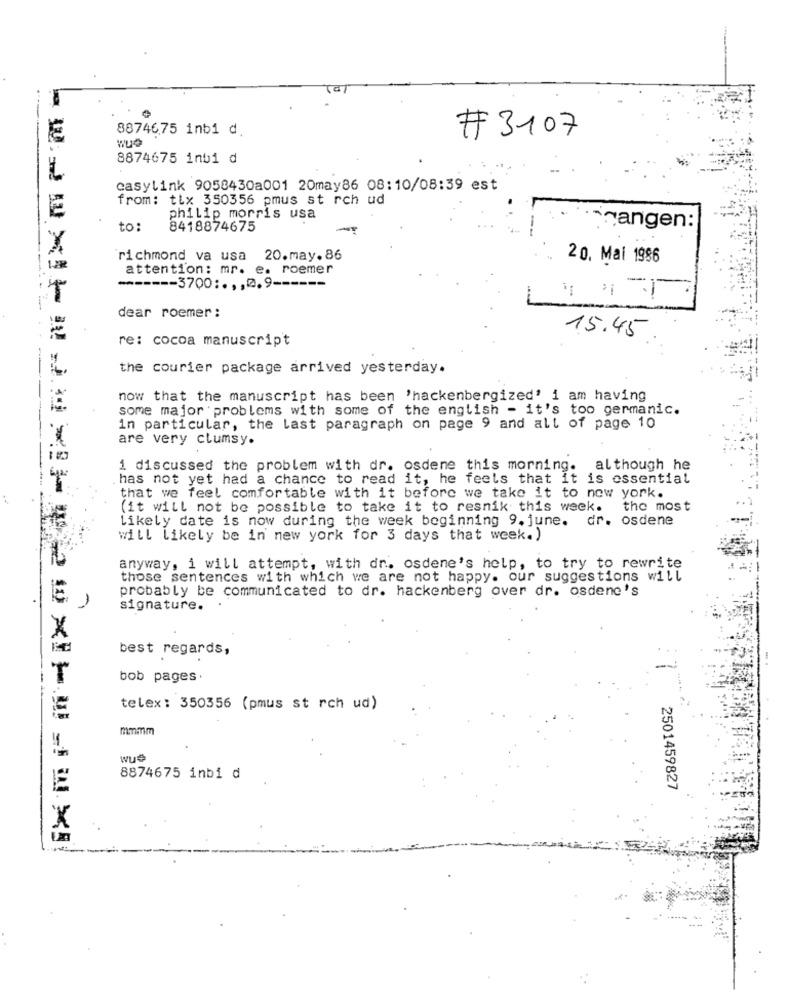
88746,75 inbi d.
#3107
WUO
8874675 inbi d
easylink 9058430a001 20may86 08:10/08:39 est
from: tlx 350356 pmus st rch ud
philip morris usa
to:
8418874675
Fangen:
richmond va usa 20.may.86
20. Mai 1986
attention: mr. e. roemer
---
------ 3700 ;.,, 0.9 --
-
dear roemer :
15.45
re: cocoa manuscript
the courier package arrived yesterday.
now that the manuscript has been 'hackenbergized' i am having
some major problems with some of the english - it's too germanic.
in particular, the last paragraph on page 9 and all of page 10
are very clumsy.
1 discussed the problem with dr. osdene this morning. although he
has not yet had a chance to read it, he feels that it is essential
that we feel comfortable with it before we take it to new york.
(it will not be possible to take it to resnik this week.
the most
Likely date is now during the week beginning 9. june.
dr. osdene
will likely be in new york for 3 days that week.)
anyway, i will attempt, with dr. osdene's help, to try to rewrite
those sentences with which we are not happy. our suggestions will
probably be communicated to dr. hackenberg over dr. osdene's
signature.
best regards,
bob pages.
telex: 350356 (pmus st rch ud)
mmmm
wue
8874675 inbi d
2501459827